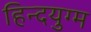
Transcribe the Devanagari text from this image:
हिन्दयुग्म